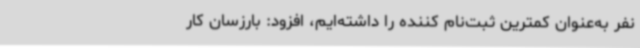
نفر به‌عنوان کمترین ثبت‌نام کننده را داشته‌ایم، افزود: بارزسان کار